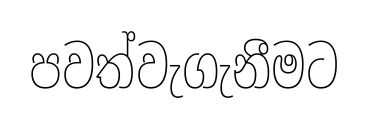
පවත්වැගැනීමට